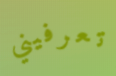
تعرفيني